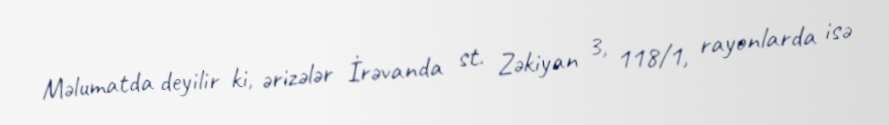
Məlumatda deyilir ki, ərizələr İrəvanda st. Zəkiyan 3, 118/1, rayonlarda isə